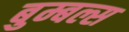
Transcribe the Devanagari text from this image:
बुम्बल्स